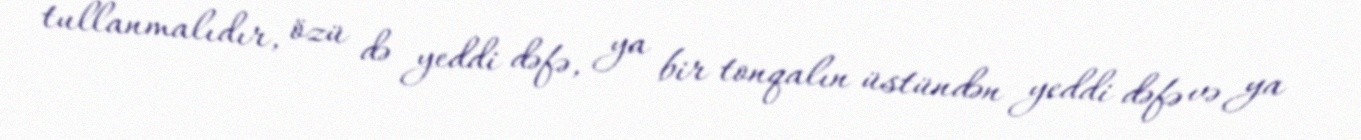
tullanmalıdır, özü də yeddi dəfə, ya bir tonqalın üstündən yeddi dəfə və ya